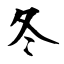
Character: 冬